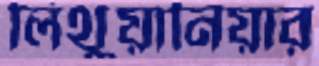
লিথুয়ানিয়ার